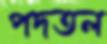
পদতল